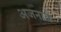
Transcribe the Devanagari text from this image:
अजनाळे